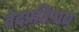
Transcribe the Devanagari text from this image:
वेदप्रतिपाद्य